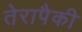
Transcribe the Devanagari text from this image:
तेरापैकी